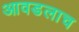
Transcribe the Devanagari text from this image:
आवडलाच